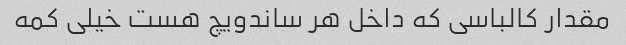
مقدار کالباسی که داخل هر ساندویچ هست خیلی کمه